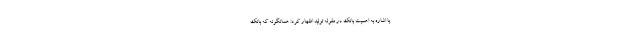
با اشاره به اهمیت بانک در مقوله تولید اظهار کرد: همانگونه که بانک